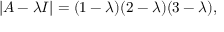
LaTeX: | A - \lambda I | = ( 1 - \lambda ) ( 2 - \lambda ) ( 3 - \lambda ) ,